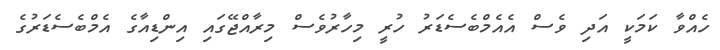
ހެއްވާ ކަމަކީ އަދި ވެސް އެއެމްބެސެޑަރު ހުރީ މިހާރުވެސް މިރާއްޖޭގައި އިންޑިއާގެ އެމްބެސެޑަރުގެ